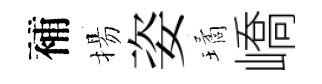
補揚姿璚嶠